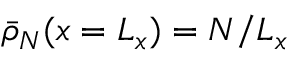
\bar { \rho } _ { N } ( x = L _ { x } ) = N / L _ { x }